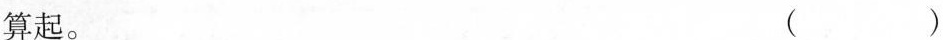
算起。( )